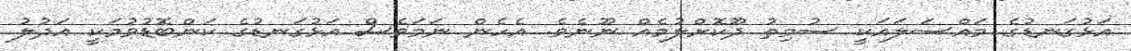
އަޅުގަނޑުގެ މައްސަލައަކީ ސުމިތު ދޫކޮށްލުމެއް ނޫނެވެ. އެހެން ނަމަވެސް އަޅުގަނޑުގެ ކަންބޮޑުވުމަކީ އަދުލު